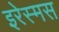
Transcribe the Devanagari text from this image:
इरेस्मस